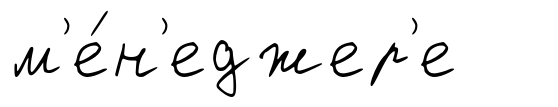
м'е́н'еджер'е